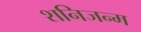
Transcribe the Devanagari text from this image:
शनिजन्म